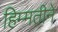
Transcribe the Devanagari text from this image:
हिम्मतीने